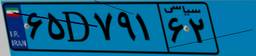
۶۰D۸۴۲۱۶